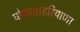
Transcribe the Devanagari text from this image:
घोषणा।हरियाणा